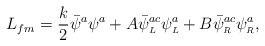
\begin{align*}L_{fm}=\frac{k}{2}\bar{\psi}^a\psi^a+A\bar{\psi}^{ac}_{\scriptscriptstyle L}\psi^{a}_{\scriptscriptstyle L}+B\bar{\psi}^{ac}_{\scriptscriptstyle R}\psi^{a}_{\scriptscriptstyle R},\end{align*}